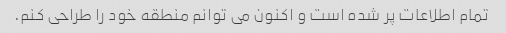
تمام اطلاعات پر شده است و اکنون می توانم منطقه خود را طراحی کنم.